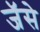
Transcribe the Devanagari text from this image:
जॅसे